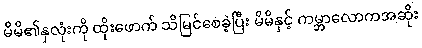
မိမိ၏နှလုံးကို ထိုးဖောက် သိမြင်စေခဲ့ပြီး မိမိနှင့် ကမ္ဘာလောကအဆိုး